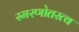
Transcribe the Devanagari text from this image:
स्मरणोतस्त्व